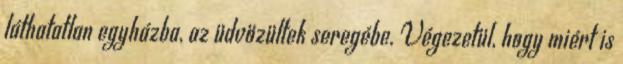
láthatatlan egyházba, az üdvözültek seregébe. Végezetül, hogy miért is